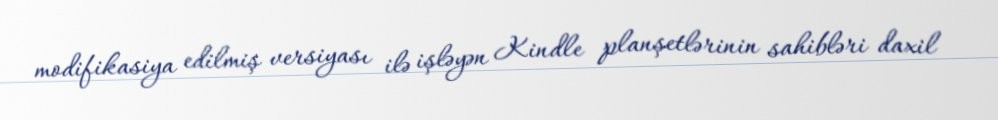
modifikasiya edilmiş versiyası ilə işləyən Kindle planşetlərinin sahibləri daxil